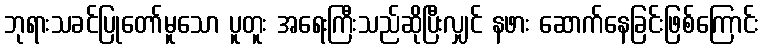
ဘုရားသခင်ပြုတော်မူသော ပူတူး အရေးကြီးသည်ဆိုပြီးလျှင် နဖား ဆောက်နေခြင်းဖြစ်ကြောင်း